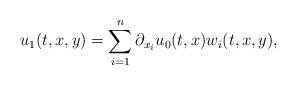
LaTeX: \begin{align*}u_1(t,x,y) = \sum_{i=1}^n \partial_{x_i} u_0(t,x) w_i(t,x,y),\end{align*}